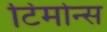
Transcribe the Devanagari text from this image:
टिमोन्स